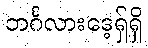
ဘင်္ဂလားဒေ့ရှ်ရှိ